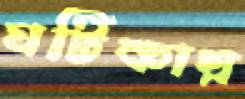
ঘটিকায়